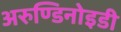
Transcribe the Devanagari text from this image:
अरुण्डिनोइडी